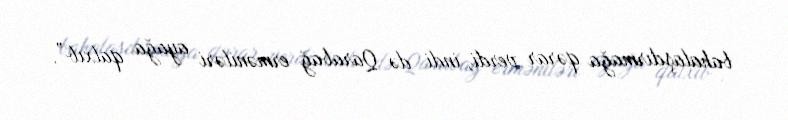
bahalaşdırmağa qərar verdi, indi də Qarabağ erməniləri ayağa qalxıb”.